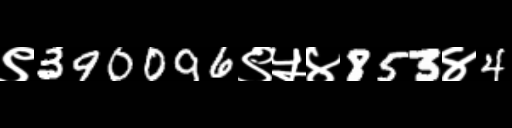
Text: ९390096९५४853४4